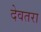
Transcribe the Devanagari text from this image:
देवतरा